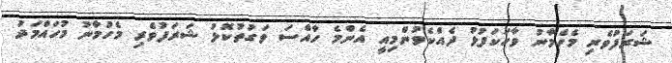
ޝަރަފުވެރި މެހެމާނު ވާހަކަފުޅު ދެއްކެވުންމިއީ އެންމެ ހާއްސަ ވަގުތުކޮޅު ޝަރަފުވެރި މެހުމާނު މުހައްމަދު